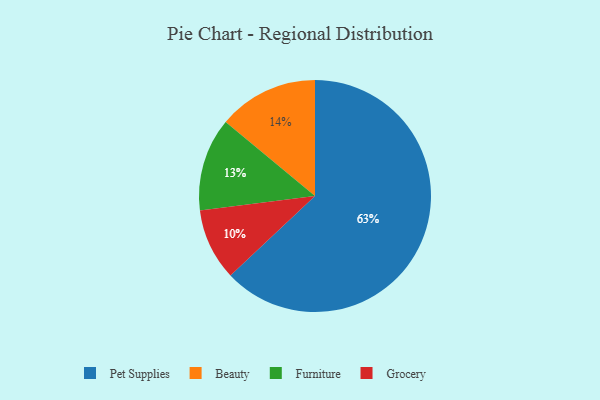
{"axis": {"x": "Category", "y": "Percentage"}, "legend": ["Beauty", "Furniture", "Grocery", "Pet Supplies"], "data": [{"x": "Beauty", "y": 14, "type": "Beauty"}, {"x": "Furniture", "y": 13, "type": "Furniture"}, {"x": "Pet Supplies", "y": 63, "type": "Pet Supplies"}, {"x": "Grocery", "y": 10, "type": "Grocery"}]}